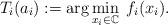
LaTeX: \begin{align*} T_i(a_i) := \arg\min_{\substack{x_i\in \mathbb{C}}}\; f_i(x_i).\end{align*}